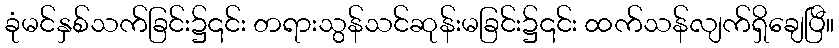
ခုံမင်နှစ်သက်ခြင်း၌၎င်း တရားသွန်သင်ဆုန်းမခြင်း၌၎င်း ထက်သန်လျက်ရှိချေပြီ။